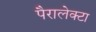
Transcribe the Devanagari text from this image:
पैरालेक्टा